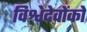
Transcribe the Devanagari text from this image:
विश्वेदेवोंको